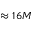
\approx 1 6 M